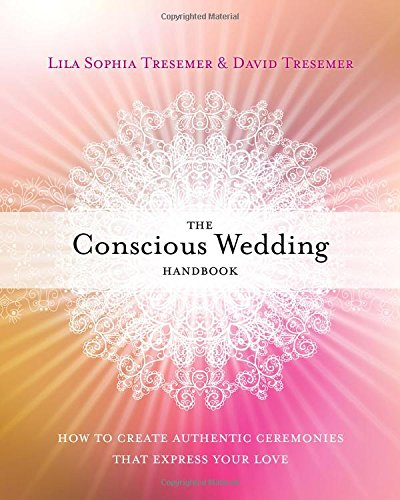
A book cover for The Conscious Wedding Handbook: How to Create Authentic Ceremonies That Express Your Love; Lila Sophia Tresemer; Crafts, Hobbies & Home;